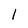
Character: 1